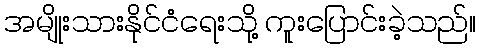
အမျိုးသားနိုင်ငံရေးသို့ ကူးပြောင်းခဲ့သည်။